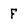
Character: F